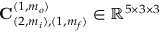
\mathbf { C } _ { ( 2 , m _ { i } ) , ( 1 , m _ { f } ) } ^ { ( 1 , m _ { o } ) } \in \mathbb { R } ^ { 5 \times 3 \times 3 }